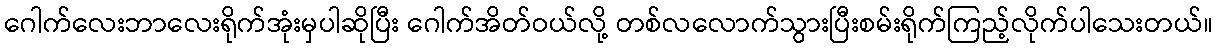
ဂေါက်လေးဘာလေးရိုက်အုံးမှပါဆိုပြီး ဂေါက်အိတ်ဝယ်လို့ တစ်လလောက်သွားပြီးစမ်းရိုက်ကြည့်လိုက်ပါသေးတယ်။